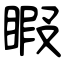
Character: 睱